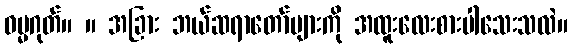
ဓမ္မဂုတ်။ ။ အခြား ဘယ်ဆရာတော်များကို အထူးလေးစားပါသေးသလဲ။